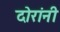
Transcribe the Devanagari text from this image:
दोरांनी